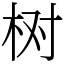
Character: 树